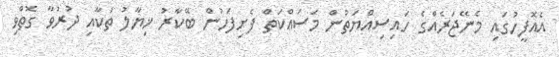
އެއޮފީހުގައި މެނޭޖަރެއްގެ ހައިސިއްޔަތުން މަސައްކަތް ފެށިފަހުން ބޭކާރު ޚިޔާލު ތަކާއި ދުރުވާ ގޮތްވި